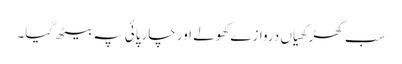
سب کھڑکھیاں دروازے کھولے اور چارپائی پہ بیٹھ گیا۔